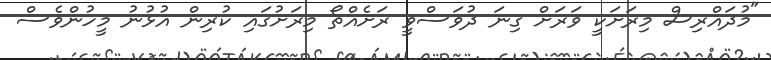
"މުދައްރިސް މިރަށަކީ ވަރަށް ގިނަ ދުވަސްވީ ރަށެއްތޯ މިރަށުގައި ކުރިން އުޅުނު މީހުންވެސް